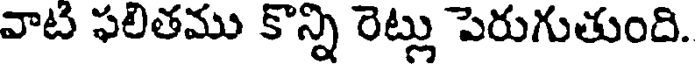
వాట ఫలితము కొన్ని రెట్లు పెరుగుతుంది.